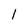
Character: 1